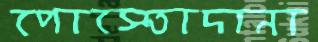
পোস্তোদানা